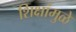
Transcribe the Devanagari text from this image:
शिक्षांमुळे